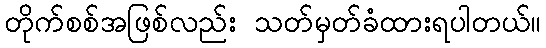
တိုက်စစ်အဖြစ်လည်း သတ်မှတ်ခံထားရပါတယ်။